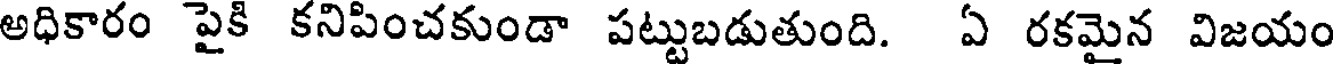
అధికారం పైకి కనిపించకుండా పట్టుబడుతుంది. ఏ రకమైన విజయం